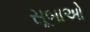
સૂબાઓ